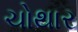
ચોથાર